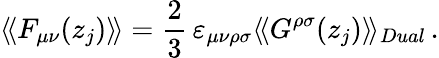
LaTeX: \langle\! \langle F_{\mu\nu}(z_{j})\rangle\! \rangle={\frac{2}{3}}\, \varepsilon_{\mu\nu\rho\sigma}\langle\! \langle G^{\rho\sigma}(z_{j})\rangle\! \rangle_{Dual}\, .